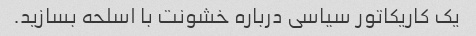
یک کاریکاتور سیاسی درباره خشونت با اسلحه بسازید.